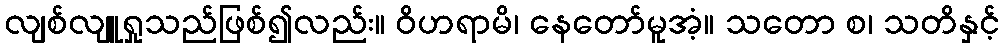
လျစ်လျူရှုသည်ဖြစ်၍လည်း။ ဝိဟရာမိ၊ နေတော်မူအံ့။ သတော စ၊ သတိနှင့်